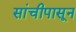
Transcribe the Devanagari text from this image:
सांचीपासून